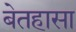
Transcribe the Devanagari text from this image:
बेतहासा